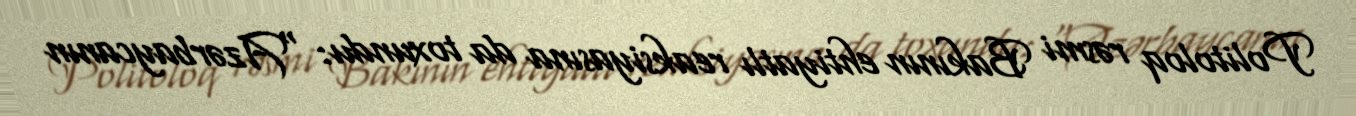
Politoloq rəsmi Bakının ehtiyatlı reaksiyasına da toxundu: “Azərbaycanın